Scottish Leaving Certificate Examination, 1960
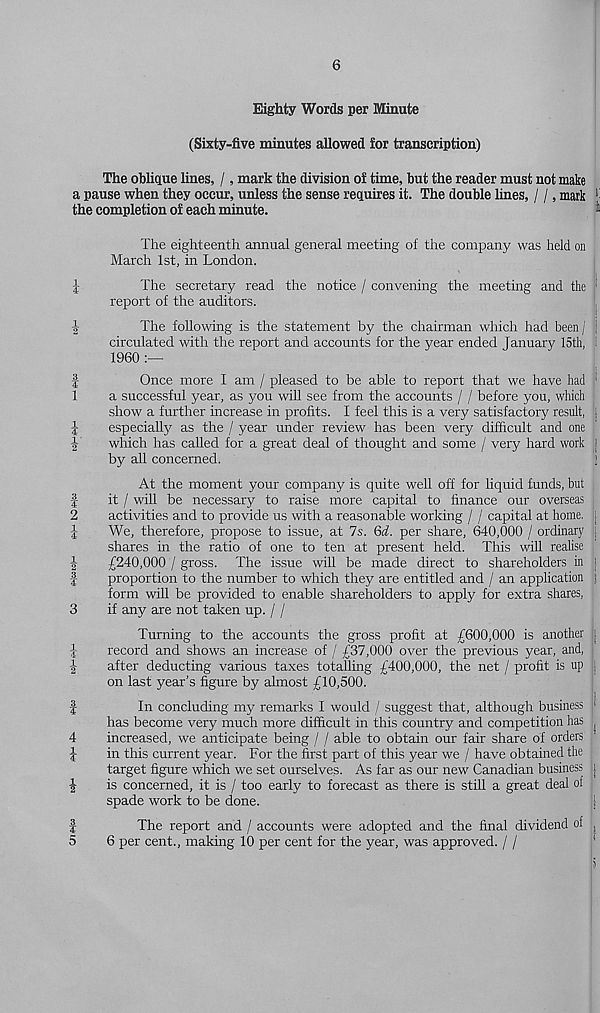
CTiiHco
Mh 4
iHw
nK^Im
CO (HcomIm ^|m bO^lco
k>| h*(Hm
to[M
6
Eighty Words per Minute
(Sixty-five minutes allowed for transcription)
The oblique lines, /, mark the division of time, but the reader must not make
a pause when they occur, unless the sense requires it. The double lines, / /, mark 1
the completion of each minute.
*
The eighteenth annual general meeting of the company was held on
March 1st, in London.
The secretary read the notice / convening the meeting and the
report of the auditors.
,
The following is the statement by the chairman which had been / I
circulated with the report and accounts for the year ended January 15th, 1
1960 :—
Once more I am / pleased to be able to report that we have had
a successful year, as you will see from the accounts / / before you, which
show a further increase in profits. I feel this is a very satisfactory result,
especially as the / year under review has been very difficult and one
which has called for a great deal of thought and some / very hard work j
by all concerned.
|
At the moment your company is quite well off for liquid funds, but
it / will be necessary to raise more capital to finance our overseas
activities and to provide us with a reasonable working / / capital at home, j
We, therefore, propose to issue, at 7s. Qd. per share, 640,000 / ordinary j
shares in the ratio of one to ten at present held. This will realise
£240,000 / gross. The issue will be made direct to shareholders in !
proportion to the number to which they are entitled and / an application j
form will be provided to enable shareholders to apply for extra shares,
if any are not taken up. / /
Turning to the accounts the gross profit at £600,000 is another }
record and shows an increase of / £37,000 over the previous year, and,
after deducting various taxes totalling £400,000, the net / profit is up j
on last year's figure by almost £10,500.
!
In concluding my remarks I would / suggest that, although business >
has become very much more difficult in this country and competition has ^
increased, we anticipate being / / able to obtain our fair share of orders
in this current year. For the first part of this year we / have obtained the
target figure which we set ourselves. As far as our new Canadian business j
is concerned, it is / too early to forecast as there is still a great deal of
spade work to be done.
1
The report and / accounts were adopted and the final dividend of ,
6 per cent., making 10 per cent for the year, was approved. / /